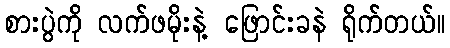
စားပွဲကို လက်ဖမိုးနဲ့ ဖြောင်းခနဲ ရိုက်တယ်။